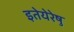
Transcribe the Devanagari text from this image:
इतेयेरेषु